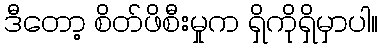
ဒီတော့ စိတ်ဖိစီးမှုက ရှိကိုရှိမှာပါ။